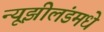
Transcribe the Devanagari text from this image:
न्यूझीलंडमधे